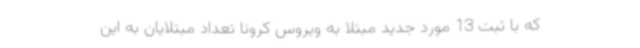
که با ثبت 13 مورد جدید مبتلا به ویروس کرونا تعداد مبتلایان به این